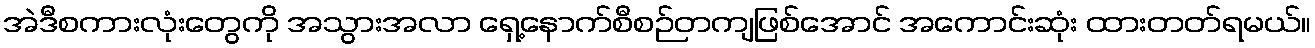
အဲဒီစကားလုံးတွေကို အသွားအလာ ရှေ့နောက်စီစဉ်တကျဖြစ်အောင် အကောင်းဆုံး ထားတတ်ရမယ်။